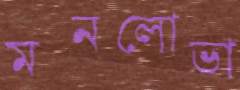
মনলোভা